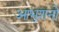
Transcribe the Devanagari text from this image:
आभुशनो